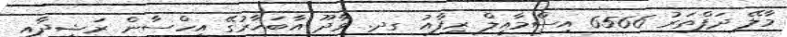
މާލޭ ދަފްތަރު 6566 އިސްމާއީލް ރިފާއު ގދ. ވާދޫ އާބަހާރުގޭ އިހްސާން ރަޝީދާއި